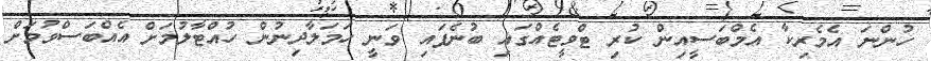
ހުންނަ އެމެރިކާ އެމްބަސީއިން ކުރި ޓްވީޓެއްގައި ބުނެފައި ވަނީ ހަމަލާދިނުން ހުއްޓާލުމަށް އެއްބަސްވުމަށް